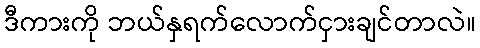
ဒီကားကို ဘယ်နှရက်လောက်ငှားချင်တာလဲ။